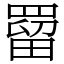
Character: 罶